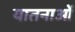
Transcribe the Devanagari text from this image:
यातनाआें